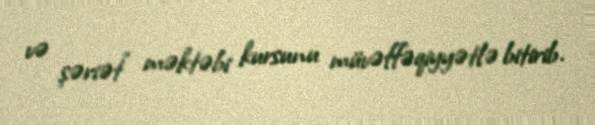
və şəriət" məktəbi kursunu müvəffəqiyyətlə bitirib.